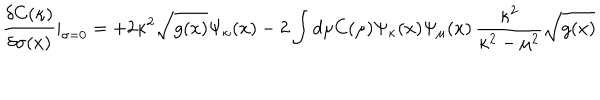
LaTeX: \frac { \delta C ( \kappa ) } { \delta \sigma ( x ) } | _ { \sigma = 0 } = + 2 \kappa ^ { 2 } \sqrt { g ( x ) } \Psi _ { \kappa } ( x ) - 2 \int d \mu C ( \mu ) \Psi _ { \kappa } ( x ) \Psi _ { \mu } ( x ) \, \frac { \kappa ^ { 2 } } { \kappa ^ { 2 } - \mu ^ { 2 } } \sqrt { g ( x ) }